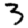
Digit: 3